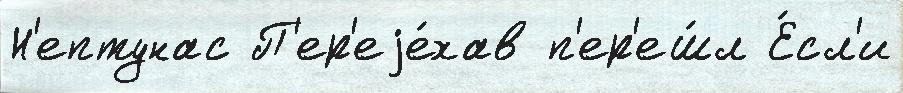
Н'ептунас П'ер'еjе́хав п'ер'еш́л Е́сл'и